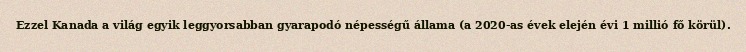
Ezzel Kanada a világ egyik leggyorsabban gyarapodó népességű állama (a 2020-as évek elején évi 1 millió fő körül).